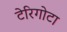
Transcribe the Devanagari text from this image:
टेरिगोटा